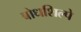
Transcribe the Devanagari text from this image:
बोधशिल्पे